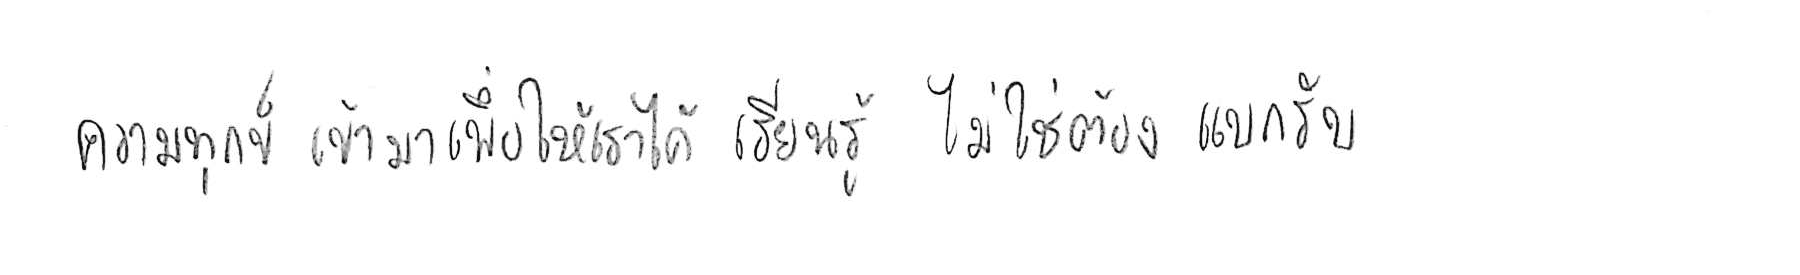
ความทุกข์ เข้ามาเพื่อให้เราได้ เรียนรู้ ไม่ใช่ต้อง แบกรับ